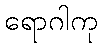
ရောဂါကု